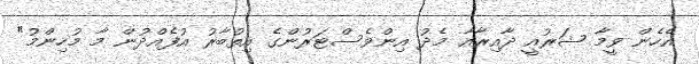
އެހެން ވީމާ ޝަރުއީ ދާއިރާއާ މެދު އިންވެސްޓަރުންގެ އިތުބާރު އުފެއްދުން މާ މުހިންމު"